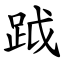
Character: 䟠